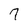
Character: 7